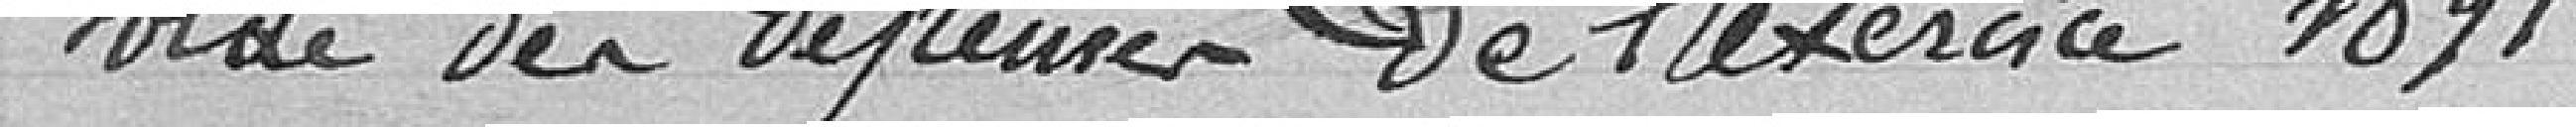
Solde des dépenses de l'exercice 1891